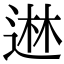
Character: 䢞